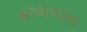
સરવાળાના